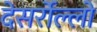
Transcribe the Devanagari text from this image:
देसर्रोल्लो